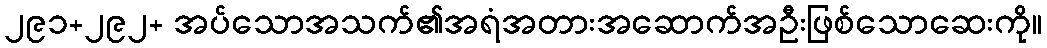
၂၉၁+၂၉၂+ အပ်သောအသက်၏အရံအတားအဆောက်အဦးဖြစ်သောဆေးကို။